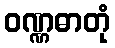
ဝဏ္ဏဓာတုံ